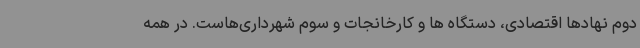
دوم نهادها اقتصادی، دستگاه ها و کارخانجات و سوم شهرداری‌هاست. در همه